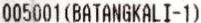
005001(BATANGKALI-1)